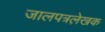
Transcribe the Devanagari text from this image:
जालपत्रले़खक